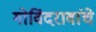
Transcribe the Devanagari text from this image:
गोविंदरावांचे